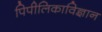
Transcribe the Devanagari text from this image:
पिपीलिकाविज्ञान